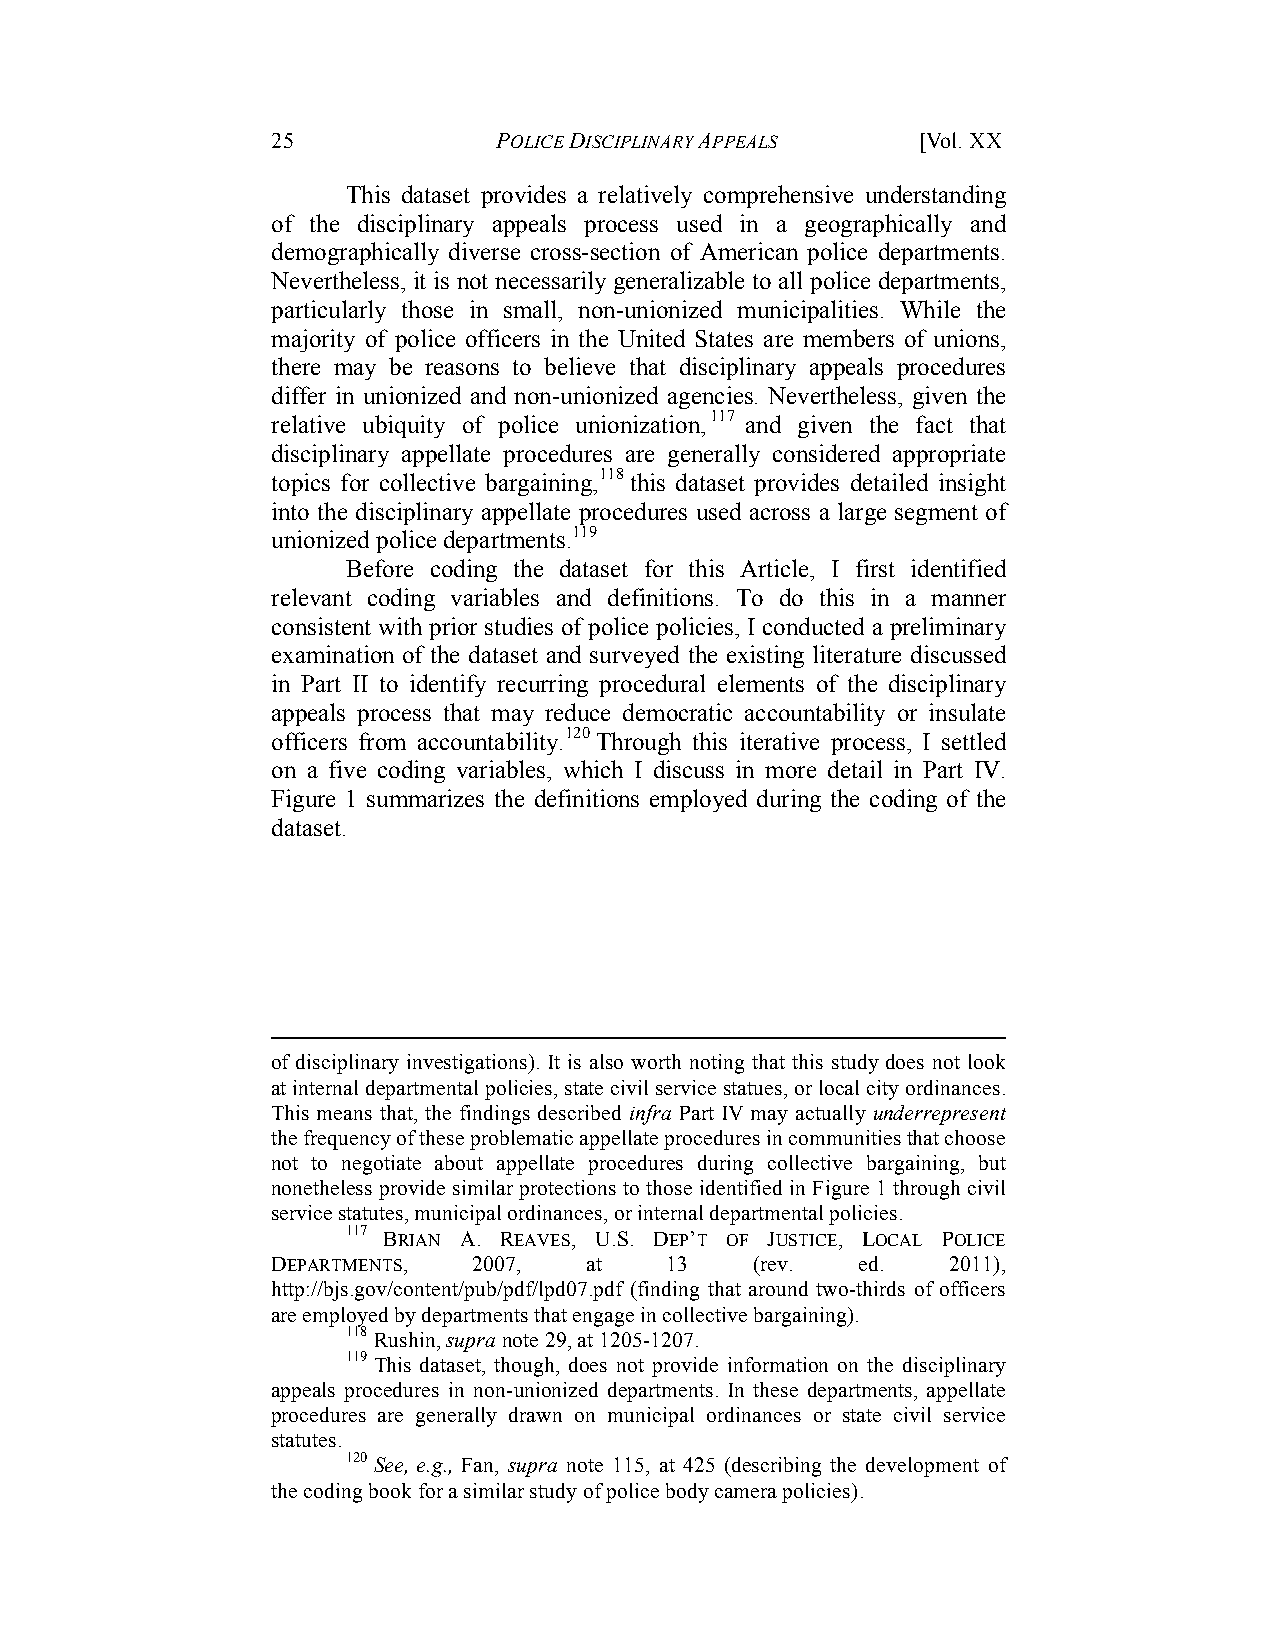
25             POLICE DISCIPLINARY APPEALS [Vol. XX
 This dataset provides a relatively comprehensive understanding
 of the disciplinary appeals process used in a geographically and
 demographically diverse cross-section of American police departments.
 Nevertheless, it is not necessarily generalizable to all police departments,
 particularly those in small, non-unionized municipalities. While the
 majority of police officers in the United States are members of unions,
 there may be reasons to believe that disciplinary appeals procedures
 differ in unionized and non-unionized agencies. Nevertheless, given the
 relative ubiquity of police unionization,117 and given the fact that
 disciplinary appellate procedures are generally considered appropriate
 topics for collective bargaining,118 this dataset provides detailed insight
 into the disciplinary appellate procedures used across a large segment of
 unionized police departments.119
 Before coding the dataset for this Article, I first identified
 relevant coding variables and definitions. To do this in a manner
 consistent with prior studies of police policies, I conducted a preliminary
 examination of the dataset and surveyed the existing literature discussed
 in Part II to identify recurring procedural elements of the disciplinary
 appeals process that may reduce democratic accountability or insulate
 officers from accountability.120 Through this iterative process, I settled
 on a five coding variables, which I discuss in more detail in Part IV.
 Figure 1 summarizes the definitions employed during the coding of the
 dataset.
 of disciplinary investigations). It is also worth noting that this study does not look
 at internal departmental policies, state civil service statues, or local city ordinances.
 This means that, the findings described infra Part IV may actually underrepresent
 the frequency of these problematic appellate procedures in communities that choose
 not to negotiate about appellate procedures during collective bargaining, but
 nonetheless provide similar protections to those identified in Figure 1 through civil
 service statutes, municipal ordinances, or internal departmental policies.
 117 BRIAN A. REAVES, U.S. DEP’T OF JUSTICE, LOCAL POLICE
 DEPARTMENTS, 2007,   at   13    (rev.  ed.   2011),
 http://bjs.gov/content/pub/pdf/lpd07.pdf (finding that around two-thirds of officers
 are employed by departments that engage in collective bargaining).
 118 Rushin, supra note 29, at 1205-1207.
 119 This dataset, though, does not provide information on the disciplinary
 appeals procedures in non-unionized departments. In these departments, appellate
 procedures are generally drawn on municipal ordinances or state civil service
 statutes.
 120 See, e.g., Fan, supra note 115, at 425 (describing the development of
 the coding book for a similar study of police body camera policies).